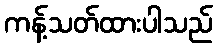
ကန့်သတ်ထားပါသည်